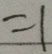
= 1